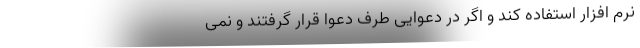
نرم افزار استفاده کند و اگر در دعوایی طرف دعوا قرار گرفتند و نمی‌